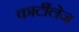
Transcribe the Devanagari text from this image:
कार्टीलेज